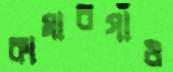
কামারগাঁও